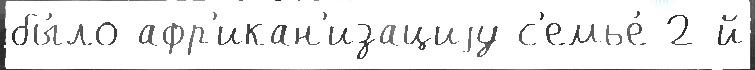
бы́ло афр'икан'изациjу с'емье́ 2-й